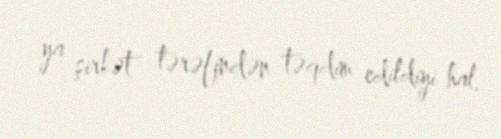
ya şirkət tərəfindən təqdim edildiyi hal.